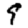
Digit: 9